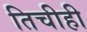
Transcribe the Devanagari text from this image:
तिचीही